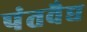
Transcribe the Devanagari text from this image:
पंतवैद्य